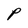
Character: P